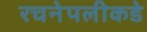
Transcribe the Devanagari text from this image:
रचनेपलीकडे